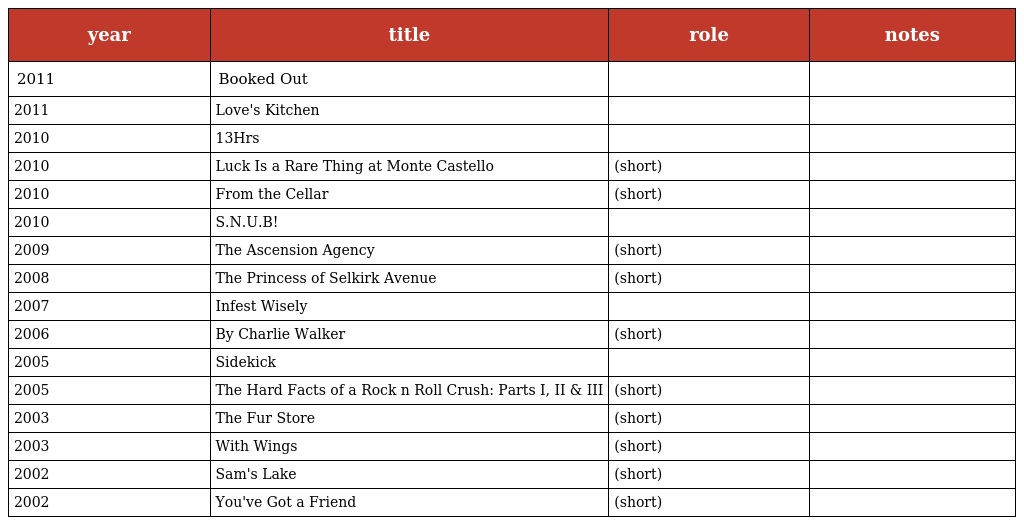
| year | title | role | notes |
 | --- | --- | --- | --- |
 | 2011 | Booked Out |  |  |
 | 2011 | Love's Kitchen |  |  |
 | 2010 | 13Hrs |  |  |
 | 2010 | Luck Is a Rare Thing at Monte Castello | (short) |  |
 | 2010 | From the Cellar | (short) |  |
 | 2010 | S.N.U.B! |  |  |
 | 2009 | The Ascension Agency | (short) |  |
 | 2008 | The Princess of Selkirk Avenue | (short) |  |
 | 2007 | Infest Wisely |  |  |
 | 2006 | By Charlie Walker | (short) |  |
 | 2005 | Sidekick |  |  |
 | 2005 | The Hard Facts of a Rock n Roll Crush: Parts I, II & III | (short) |  |
 | 2003 | The Fur Store | (short) |  |
 | 2003 | With Wings | (short) |  |
 | 2002 | Sam's Lake | (short) |  |
 | 2002 | You've Got a Friend | (short) |  |